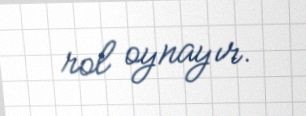
rol oynayır.